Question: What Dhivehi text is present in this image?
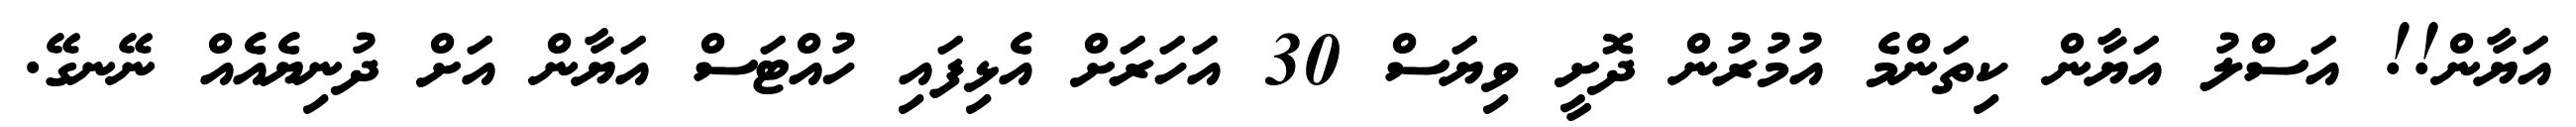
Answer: އަޔާން!! އަސްލު އަޔާން ކިތަންމެ އުމުރުން ދޮށީ ވިޔަސް 30 އަހަރަށް އެޅިފައި ހުއްޓަސް އަޔާން އަށް ދުނިޔެއެއް ނޭނގޭ.